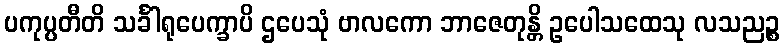
ပကုပ္ပတီတိ သင်္ခါရုပေက္ခာပိ ဌပေသုံ ဗာလကော ဘာဇေတုန္တိ ဥပေါသထေသု လသညဉ္စ